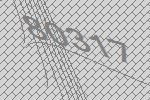
80317